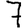
Digit: 7